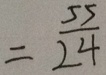
= \frac { 5 5 } { 2 4 }